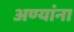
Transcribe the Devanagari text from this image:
अण्यांना